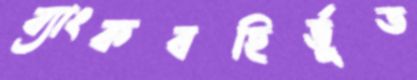
ব্যাংকবহির্ভূত